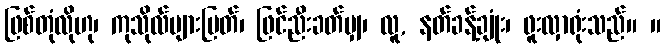
ဖြစ်တုံလိုဟု၊ ကုသိုလ်များမြတ်၊ ဖြင်ညီးခတ်မျှ၊ လူ, နတ်ခန့်ချုံး၊ ဖူးလှာရုံးသည်။ ။